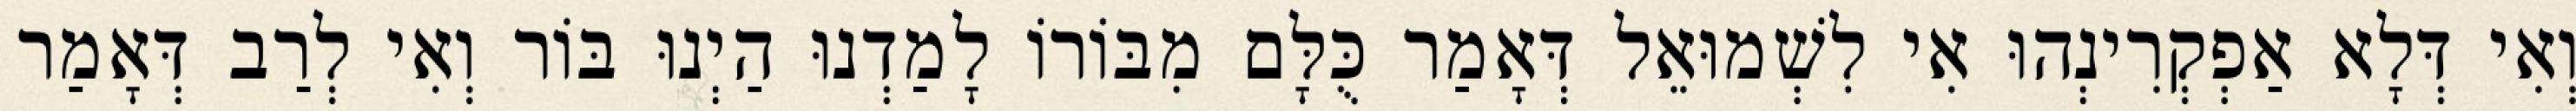
וְאִי דְּלָא אַפְקְרִינְהוּ אִי לִשְׁמוּאֵל דְּאָמַר כֻּלָּם מִבּוֹרוֹ לָמַדְנוּ הַיְנוּ בּוֹר וְאִי לְרַב דְּאָמַר